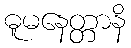
ဓူမနေတ္တာနိ